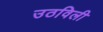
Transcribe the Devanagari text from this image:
उठविली